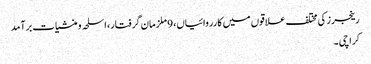
رینجرز کی مختلف علاقوں میں کارروائیاں، 9 ملزمان گرفتار، اسلحہ و منشیات برآمد
کراچی ۔